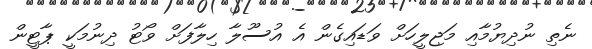
ނެތި ނުދިޔުމާއި މަޖިލީހަށް ވަޑައިގެން އެ އުސޫލާ ހިލާފަށް ވޯޓު ދިނުމަކީ ޕާޓީން